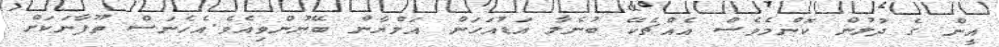
އީން ގެ ދުލުން ކޮންމެވެސް އެއްޗެކޭ ބުނެލާ އަޑުއަހަން އަލްޔާން ބޭނުންވިއެވެ.އެހެނަސް ތޫފާނަކަށް